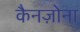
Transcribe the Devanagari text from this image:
कैनज़ोना